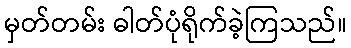
မှတ်တမ်း ဓါတ်ပုံရိုက်ခဲ့ကြသည်။